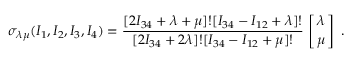
\sigma _ { \lambda \mu } ( I _ { 1 } , I _ { 2 } , I _ { 3 } , I _ { 4 } ) = { \frac { [ 2 I _ { 3 4 } + \lambda + \mu ] ! [ I _ { 3 4 } - I _ { 1 2 } + \lambda ] ! } { [ 2 I _ { 3 4 } + 2 \lambda ] ! [ I _ { 3 4 } - I _ { 1 2 } + \mu ] ! } } \, \left[ { \lambda \atop \mu } \right] \ .